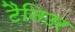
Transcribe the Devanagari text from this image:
टैनिउर